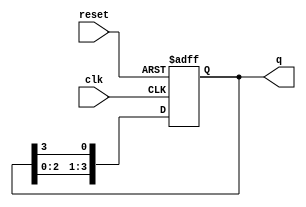
module ring_counter #(
    parameter N = 4  // Number of flip-flops (states)
)(
    input wire clk,       // Clock input
    input wire reset,     // Asynchronous reset
    output reg [N-1:0] q // Output state
);

    // Initial state
    initial begin
        q = 1'b1; // Start with the first flip-flop set to 1
    end

    // Always block triggered on the rising edge of the clock or reset
    always @(posedge clk or posedge reset) begin
        if (reset) begin
            q <= 1'b1; // Reset to initial state
        end else begin
            // Shift the '1' around the ring
            q <= {q[N-2:0], q[N-1]}; // Shift left and wrap around
        end
    end

endmodule